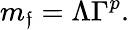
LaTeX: m_{\mathfrak{f}}=\Lambda\Gamma^{p}.